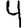
Digit: 4